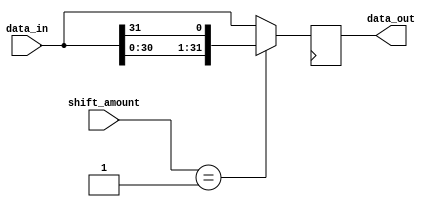
module RotatingBarrelShifter(input [31:0] data_in, input [4:0] shift_amount,
                            output reg [31:0] data_out);

  reg [31:0] shifted_data;

  always @* begin
    case(shift_amount)
      0: shifted_data = data_in;
      1: shifted_data = {data_in[30:0], data_in[31]};
      2: shifted_data = {data_in[29:0], data_in[31:0]};
      3: shifted_data = {data_in[28:0], data_in[31:0]};
      // and so on for all 32 possible shift amounts
      default: shifted_data = data_in; // default when no specific shift amount is provided
    endcase
  end
  
  always @(posedge clk) begin
    data_out <= shifted_data;
  end

endmodule